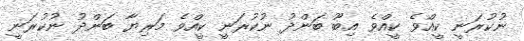
ނުކުރަނީ ކީއްވެ ކީއްވެ އިބޫ ބަންދު ނުކުރަނީ ކީއްވެ މަރިޔާ ބަންދު ނުކުރަނީ